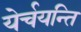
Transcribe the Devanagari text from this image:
येर्चयन्ति